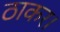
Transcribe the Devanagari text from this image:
ठाकर।